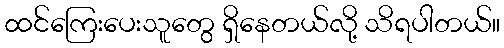
ထင်ကြေးပေးသူတွေ ရှိနေတယ်လို့ သိရပါတယ်။